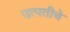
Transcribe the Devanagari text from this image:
उत्पतीचे